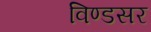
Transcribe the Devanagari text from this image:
विण्डसर